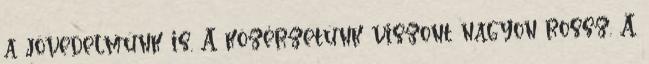
a jövedelmünk is. A közérzetünk viszont nagyon rossz. A